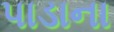
પાડાના